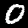
Digit: 0